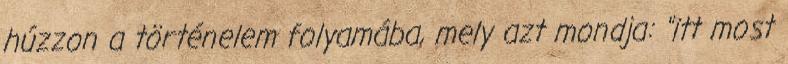
húzzon a történelem folyamába, mely azt mondja: "itt most